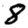
Digit: 8